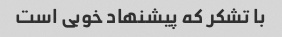
با تشکر که پیشنهاد خوبی است